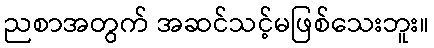
ညစာအတွက် အဆင်သင့်မဖြစ်သေးဘူး။